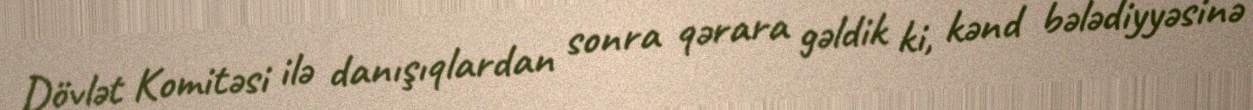
Dövlət Komitəsi ilə danışıqlardan sonra qərara gəldik ki, kənd bələdiyyəsinə